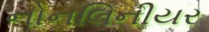
નોનલિનીયર